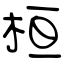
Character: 桓